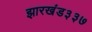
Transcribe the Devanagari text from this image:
झारखंड३३७